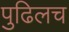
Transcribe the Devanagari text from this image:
पुढिलच